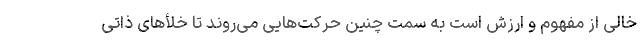
خالی از مفهوم و ارزش است به سمت چنین حرکت‌هایی می‌روند تا خلأهای ذاتی